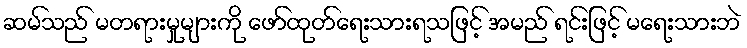
ဆမ်သည် မတရားမှုများကို ဖော်ထုတ်ရေးသားရသဖြင့် အမည် ရင်းဖြင့် မရေးသားဘဲ